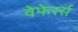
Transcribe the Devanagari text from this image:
वेफेरर्स